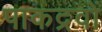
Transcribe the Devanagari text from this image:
पाकद्रवों